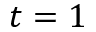
t = 1